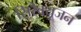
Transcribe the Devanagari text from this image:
सिरैक्यूजन